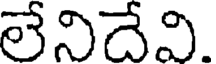
లేనిదేవి.